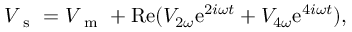
V _ { \mathrm { ~ s ~ } } = V _ { \mathrm { ~ m ~ } } + \mathrm { R e } ( V _ { 2 \omega } \mathrm { e } ^ { 2 i \omega t } + V _ { 4 \omega } \mathrm { e } ^ { 4 i \omega t } ) { , }